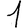
Digit: 1